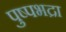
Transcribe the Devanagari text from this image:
पुष्पभद्रा